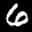
Label: 6